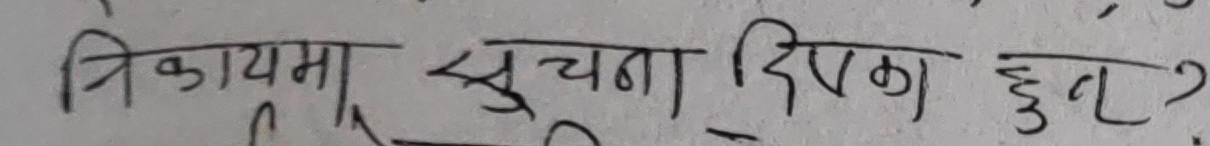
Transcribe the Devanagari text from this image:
त्रिकामा सूचना दिएका छन्?